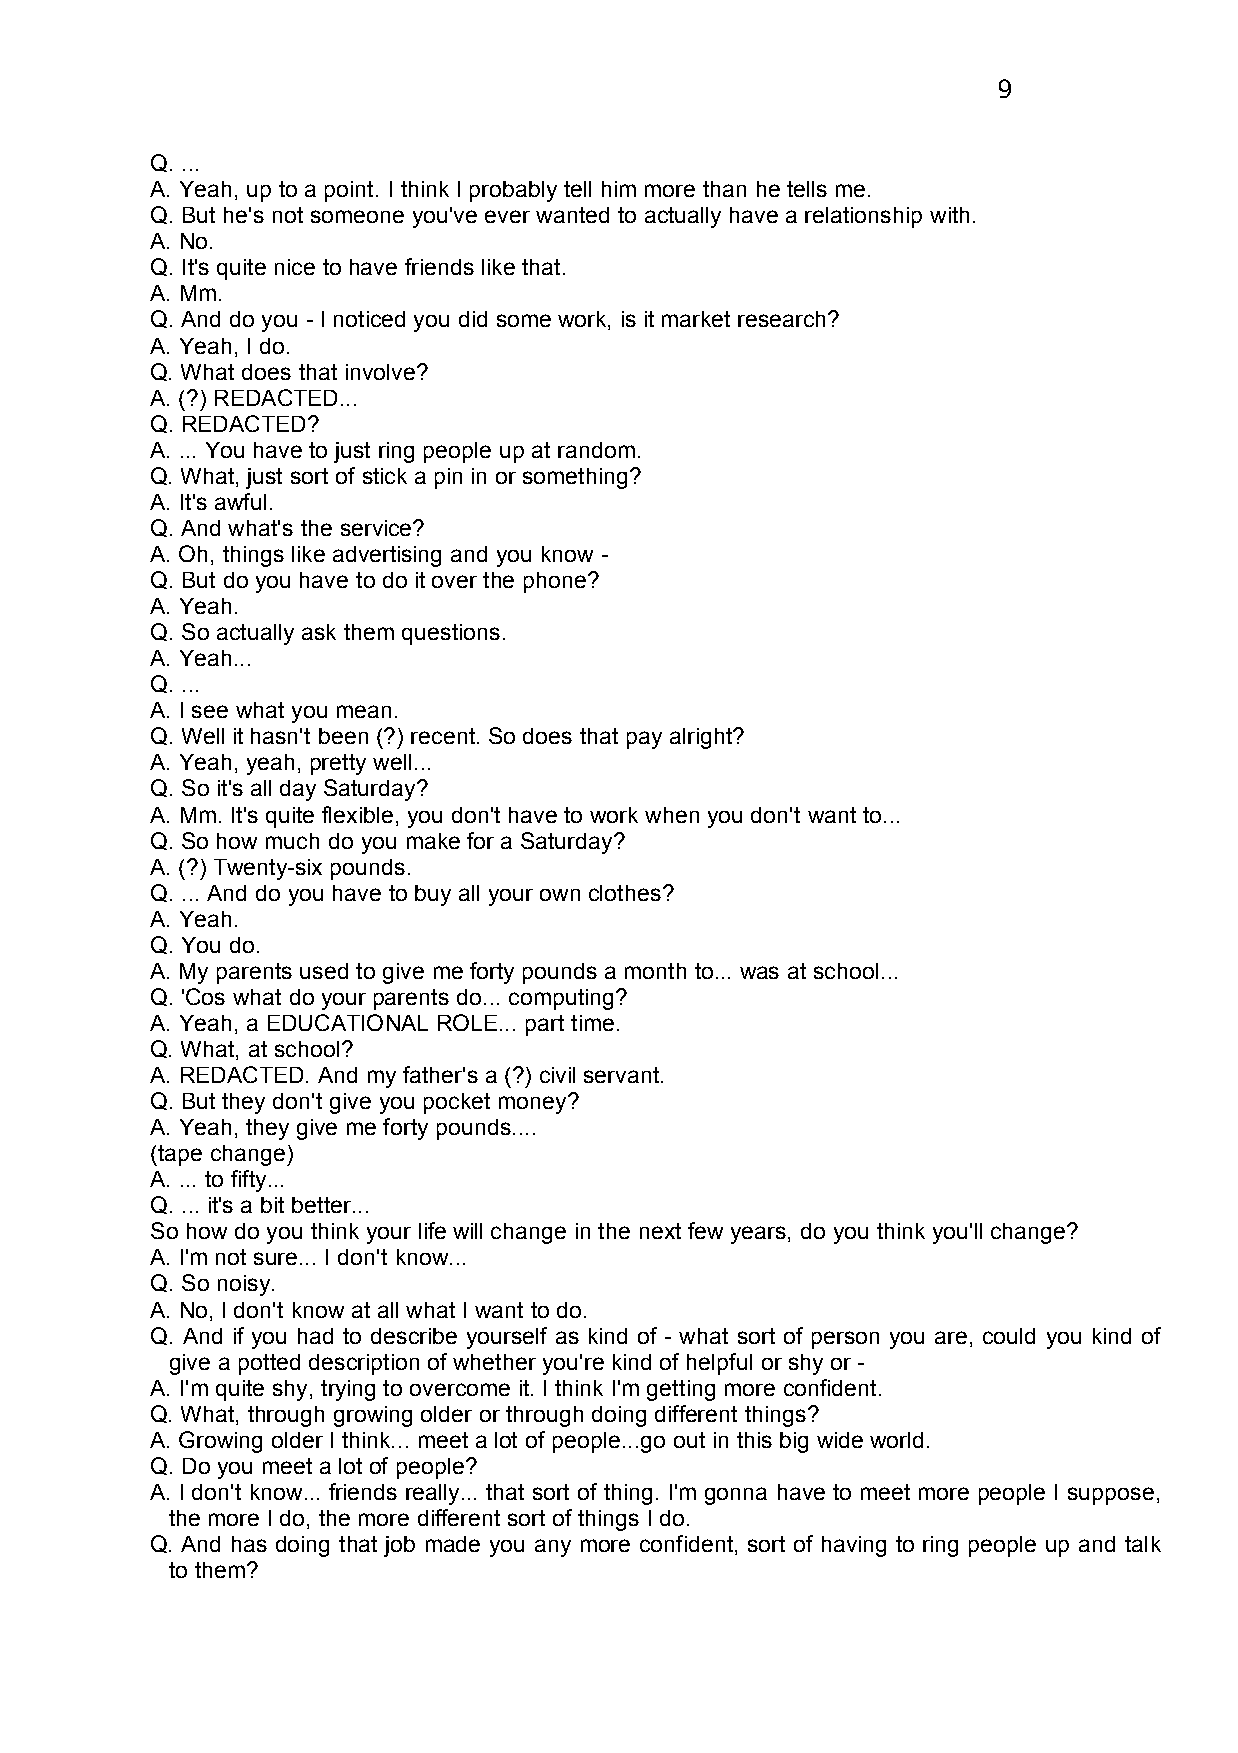
9
 Q. ...
 A. Yeah, up to a point. I think I probably tell him more than he tells me.
 Q. But he's not someone you've ever wanted to actually have a relationship with.
 A. No.
 Q. It's quite nice to have friends like that.
 A. Mm.
 Q. And do you - I noticed you did some work, is it market research?
 A. Yeah, I do.
 Q. What does that involve?
 A. (?) REDACTED...
 Q. REDACTED?
 A. ... You have to just ring people up at random.
 Q. What, just sort of stick a pin in or something?
 A. It's awful.
 Q. And what's the service?
 A. Oh, things like advertising and you know -
 Q. But do you have to do it over the phone?
 A. Yeah.
 Q. So actually ask them questions.
 A. Yeah...
 Q. ...
 A. I see what you mean.
 Q. Well it hasn't been (?) recent. So does that pay alright?
 A. Yeah, yeah, pretty well...
 Q. So it's all day Saturday?
 A. Mm. It's quite flexible, you don't have to work when you don't want to...
 Q. So how much do you make for a Saturday?
 A. (?) Twenty-six pounds.
 Q. ... And do you have to buy all your own clothes?
 A. Yeah.
 Q. You do.
 A. My parents used to give me forty pounds a month to... was at school...
 Q. 'Cos what do your parents do... computing?
 A. Yeah, a EDUCATIONAL ROLE... part time.
 Q. What, at school?
 A. REDACTED. And my father's a (?) civil servant.
 Q. But they don't give you pocket money?
 A. Yeah, they give me forty pounds....
 (tape change)
 A. ... to fifty...
 Q. ... it's a bit better...
 So how do you think your life will change in the next few years, do you think you'll change?
 A. I'm not sure... I don't know...
 Q. So noisy.
 A. No, I don't know at all what I want to do.
 Q. And if you had to describe yourself as kind of - what sort of person you are, could you kind of
 give a potted description of whether you're kind of helpful or shy or -
 A. I'm quite shy, trying to overcome it. I think I'm getting more confident.
 Q. What, through growing older or through doing different things?
 A. Growing older I think... meet a lot of people...go out in this big wide world.
 Q. Do you meet a lot of people?
 A. I don't know... friends really... that sort of thing. I'm gonna have to meet more people I suppose,
 the more I do, the more different sort of things I do.
 Q. And has doing that job made you any more confident, sort of having to ring people up and talk
 to them?